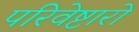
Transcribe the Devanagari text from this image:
परिवेष्टारो